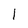
Character: 1